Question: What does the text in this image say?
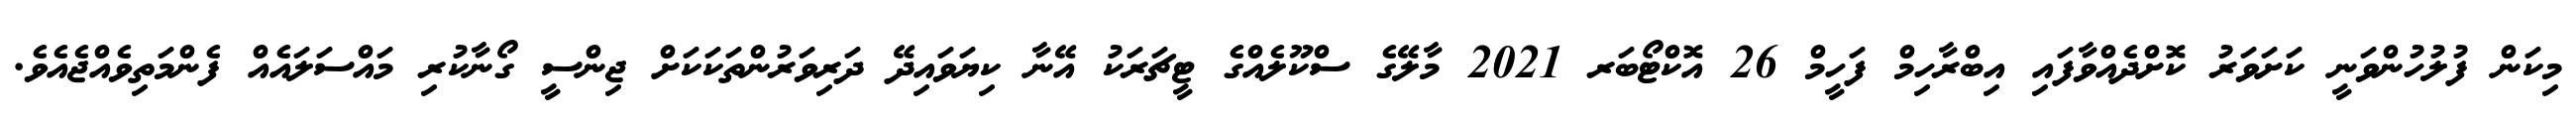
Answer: މިކަން ފުލުހުންވަނީ ކަށަވަރު ކޮށްދެއްވާފައި އިބްރާހިމް ފަހީމް 26 އޮކްޓޯބަރ 2021 މާލޭގެ ސްކޫލެއްގެ ޓީޗަރަކު އޭނާ ކިޔަވައިދޭ ދަރިވަރުންތަކަކަށް ޖިންސީ ގޯނާކުރި މައްސަލައެއް ފެންމަތިވެއްޖެއެވެ.